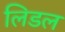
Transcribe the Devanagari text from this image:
लिडल